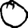
Digit: 0